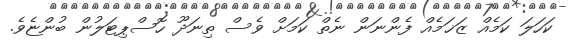
ކަހަލަ ކަމެއް ޒަޚަމެއް ފެންނަން ނެތް ކަމަށް ވެސް ތިނަދޫ ހޮސްޕިޓަލުން ބުންޏެވެ.